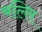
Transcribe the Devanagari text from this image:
बल्लि